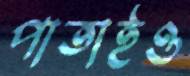
পাতাইও